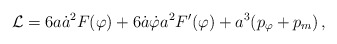
\begin{align*}{\cal L} = 6a{\dot{a}}^{2} F(\varphi) + 6{\dot{a}}{\dot{\varphi}}a^{2}F'(\varphi) + a^{3}(p_{\varphi} + p_m) \,,\end{align*}